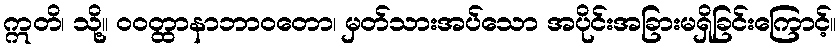
ဣတိ၊ သို့။ ဝဝတ္ထာနာဘာဝတော၊ မှတ်သားအပ်သော အပိုင်းအခြားမရှိခြင်းကြောင့်။